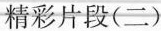
精彩片段(二)